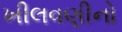
ખીલવણીનો